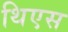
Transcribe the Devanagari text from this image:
थिएस